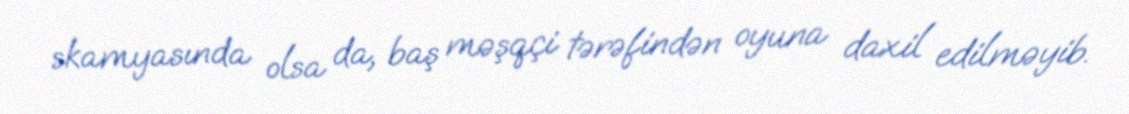
skamyasında olsa da, baş məşqçi tərəfindən oyuna daxil edilməyib.